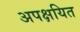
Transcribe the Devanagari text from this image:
अपक्षयित